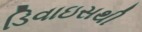
ડિવાઇસથી